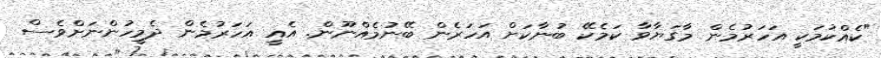
"ކެއްކުމަކީ އަހަރުމެން މާގަޔާވާ ކަމެކޭ ބުނާކަށް އަހަރެން ބޭނުމެއްނޫން. އެއީ އަހަރުމެން ދެމީހުންނަށްވެސް